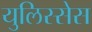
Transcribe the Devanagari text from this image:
युलिस्सेस